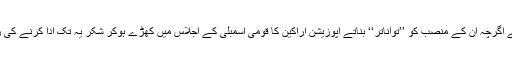
عمران خان صاحب نے اگرچہ ان کے منصب کو ’’تواناتر‘‘ بناتے اپوزیشن اراکین کا قومی اسمبلی کے اجلاس میں کھڑے ہوکر شکر یہ تک ادا کرنے کی زحمت گوارہ نہیں کی۔